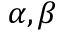
\alpha , \beta